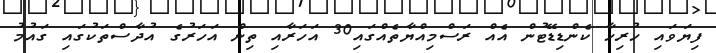
ފިޔަވައި ހުރިހާ ކެންޑިޑޭޓުން އެއް ރަސްމިއްޔާތެއްގައި30 އަހަރާއި ތިން އަހަރުގެ އުދާސްތަކުގައި ގައުމު